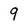
Character: 9